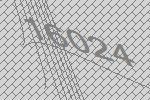
16024